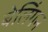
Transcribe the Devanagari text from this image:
बेलिंगन